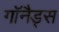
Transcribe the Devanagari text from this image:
गॉनैड्स